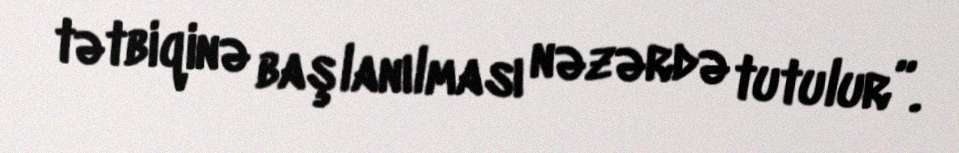
tətbiqinə başlanılması nəzərdə tutulur”.